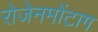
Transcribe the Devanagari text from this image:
रोजेनमोंटाग